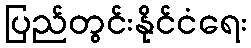
ပြည်တွင်းနိုင်ငံရေး